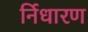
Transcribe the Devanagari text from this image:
र्निधारण